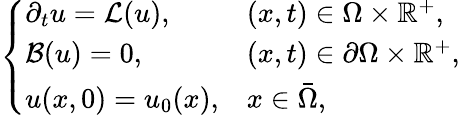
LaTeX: \left\{ \begin{array}{ll}{\partial_{t}{u}=\mathcal{L}(u),}&{(x,t)\in\Omega\times\mathbb{R}^{+},}\\ {\mathcal{B}(u)=0,}&{(x,t)\in\partial\Omega\times\mathbb{R}^{+},}\\ {u(x,0)=u_{0}(x),}&{x\in\bar{\Omega},}\end{array}\right.